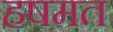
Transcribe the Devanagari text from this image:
हषमत